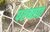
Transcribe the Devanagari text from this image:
पश्‍च्यात